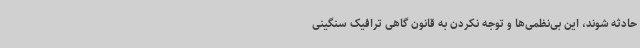
حادثه شوند، این بی‌نظمی‌ها و توجه نکردن به قانون گاهی ترافیک سنگینی